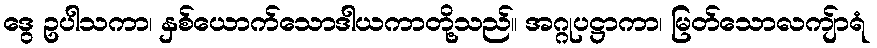
ဒွေ ဥပါသကာ၊ နှစ်ယောက်သောဒါယကာတို့သည်။ အဂ္ဂုပဋ္ဌာကာ၊ မြတ်သောလကျ်ာရံ